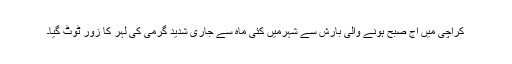
کراچی میں آج صبح ہونے والی بارش سے شہرمیں کئی ماہ سے جاری شدید گرمی کی لہر کا زور ٹوٹ گیا۔